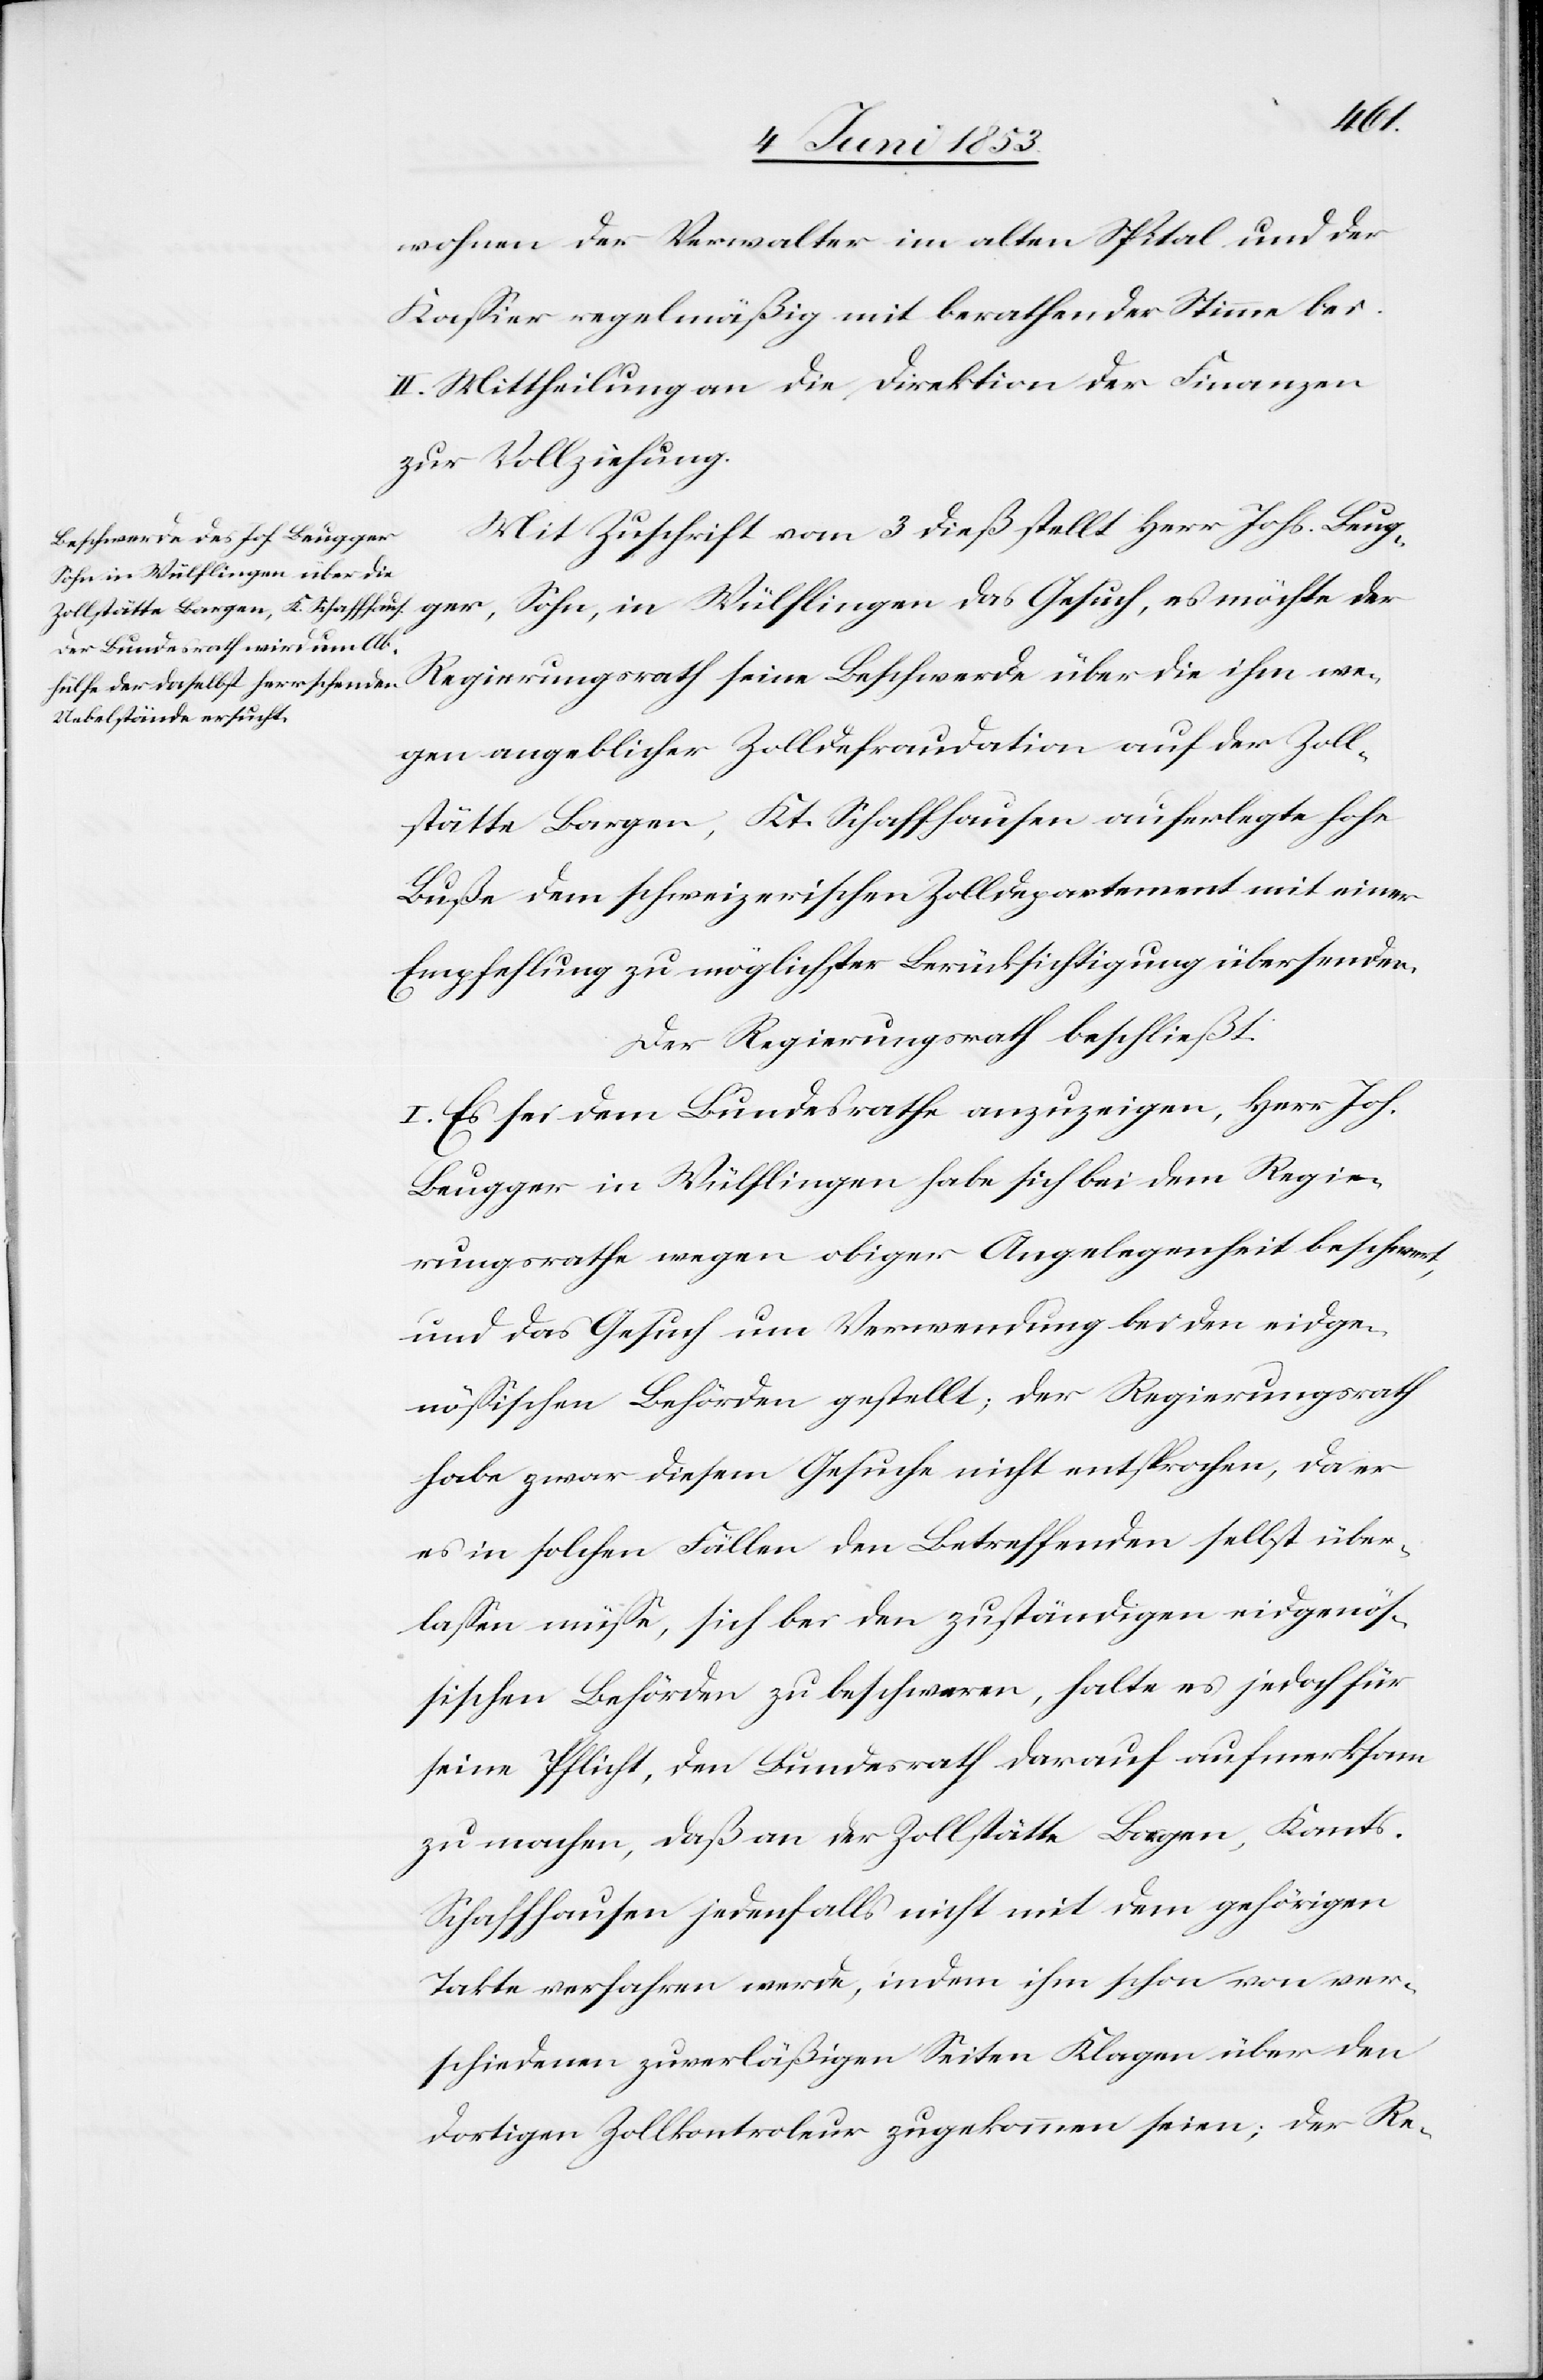
wohnen der Verwalter im alten Spital und der
Kaßier regelmäßig mit berathender Stimme bei.
II. Mittheilung an die Direktion der Finanzen
zur Vollziehung.
Mit Zuschrift vom 3 dieß stellt Herr Johs. Brug¬
ger, Sohn, in Wülflingen das Gesuch, es möchte der
Regierungsrath seine Beschwerde über die ihm we¬
gen angeblicher Zolldefraudation auf der Zoll¬
stätte Bargen, Kt. Schaffhausen auferlegte hohe
Buße dem schweizerischen Zolldepartement mit einer
Empfehlung zu möglichster Berücksichtigung übersenden.
Der Regierungsrath beschließt:
I. Es sei dem Bundesrathe anzuzeigen, Herr Joh.
Brugger in Wülflingen habe sich bei dem Regie¬
rungsrathe wegen obiger Angelegenheit beschwert,
und das Gesuch um Verwendung bei den eidge¬
nößischen Behörden gestellt, der Regierungsrath
habe zwar diesem Gesuche nicht entsprochen, da er
es in solchen Fällen den Betreffenden selbst über¬
laßen müße, sich bei den zuständigen eidgenöß¬
ischen Behörden zu beschweren, halte es jedoch für
seine Pflicht, den Bundesrath darauf aufmerksam
zu machen, daß an der Zollstätte Bargen, Kants.
Schaffhausen jedenfalls nicht mit dem gehörigen
Takte verfahren werde, indem ihm schon von ver¬
schiedenen zuverläßigen Seiten Klagen über den
dortigen Zollkontroleur zugekommen seien; der Re-